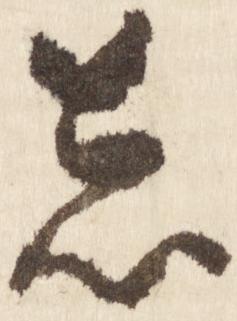
し